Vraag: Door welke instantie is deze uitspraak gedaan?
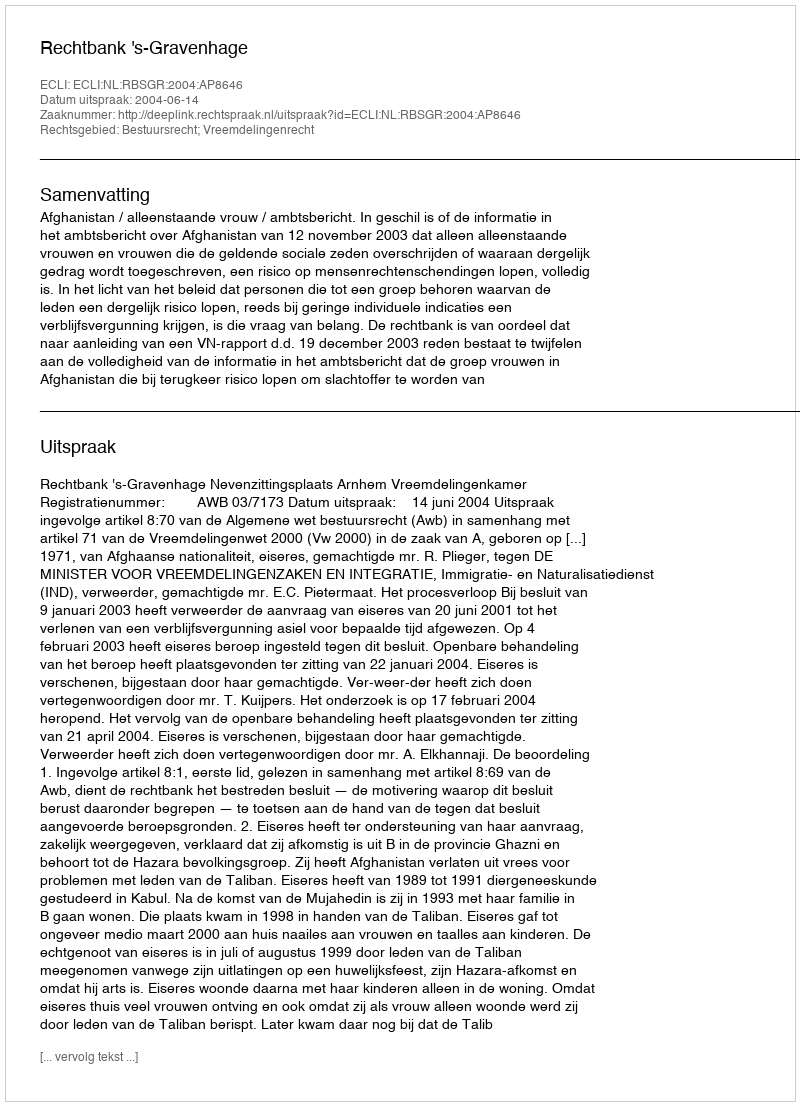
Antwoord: Rechtbank 's-Gravenhage